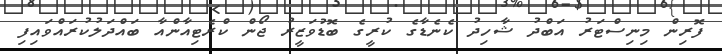
ފޮރިން މިނިސްޓަރު އަބްދު ޝާހިދު ކެނެޑާގެ ކުރީގެ ބޮޑުވަޒީރު ޖޯން ކްރެޓިއާންއާ ބައްދަލުކުރައްވައިފި